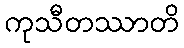
ကုသီတဿာတိ